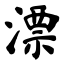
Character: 漂